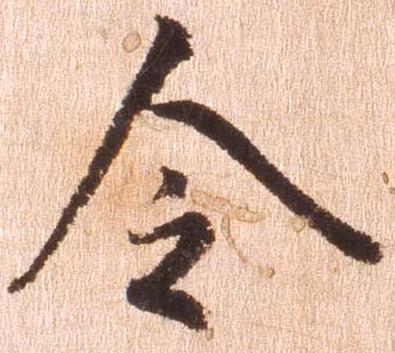
令